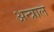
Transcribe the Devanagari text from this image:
अन्त्राल